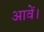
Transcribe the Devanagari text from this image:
आवें।